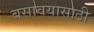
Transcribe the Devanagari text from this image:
बसावयासाठी